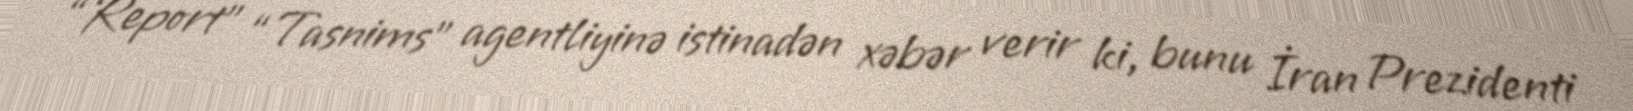
“Report” “Tasnims” agentliyinə istinadən xəbər verir ki, bunu İran Prezidenti